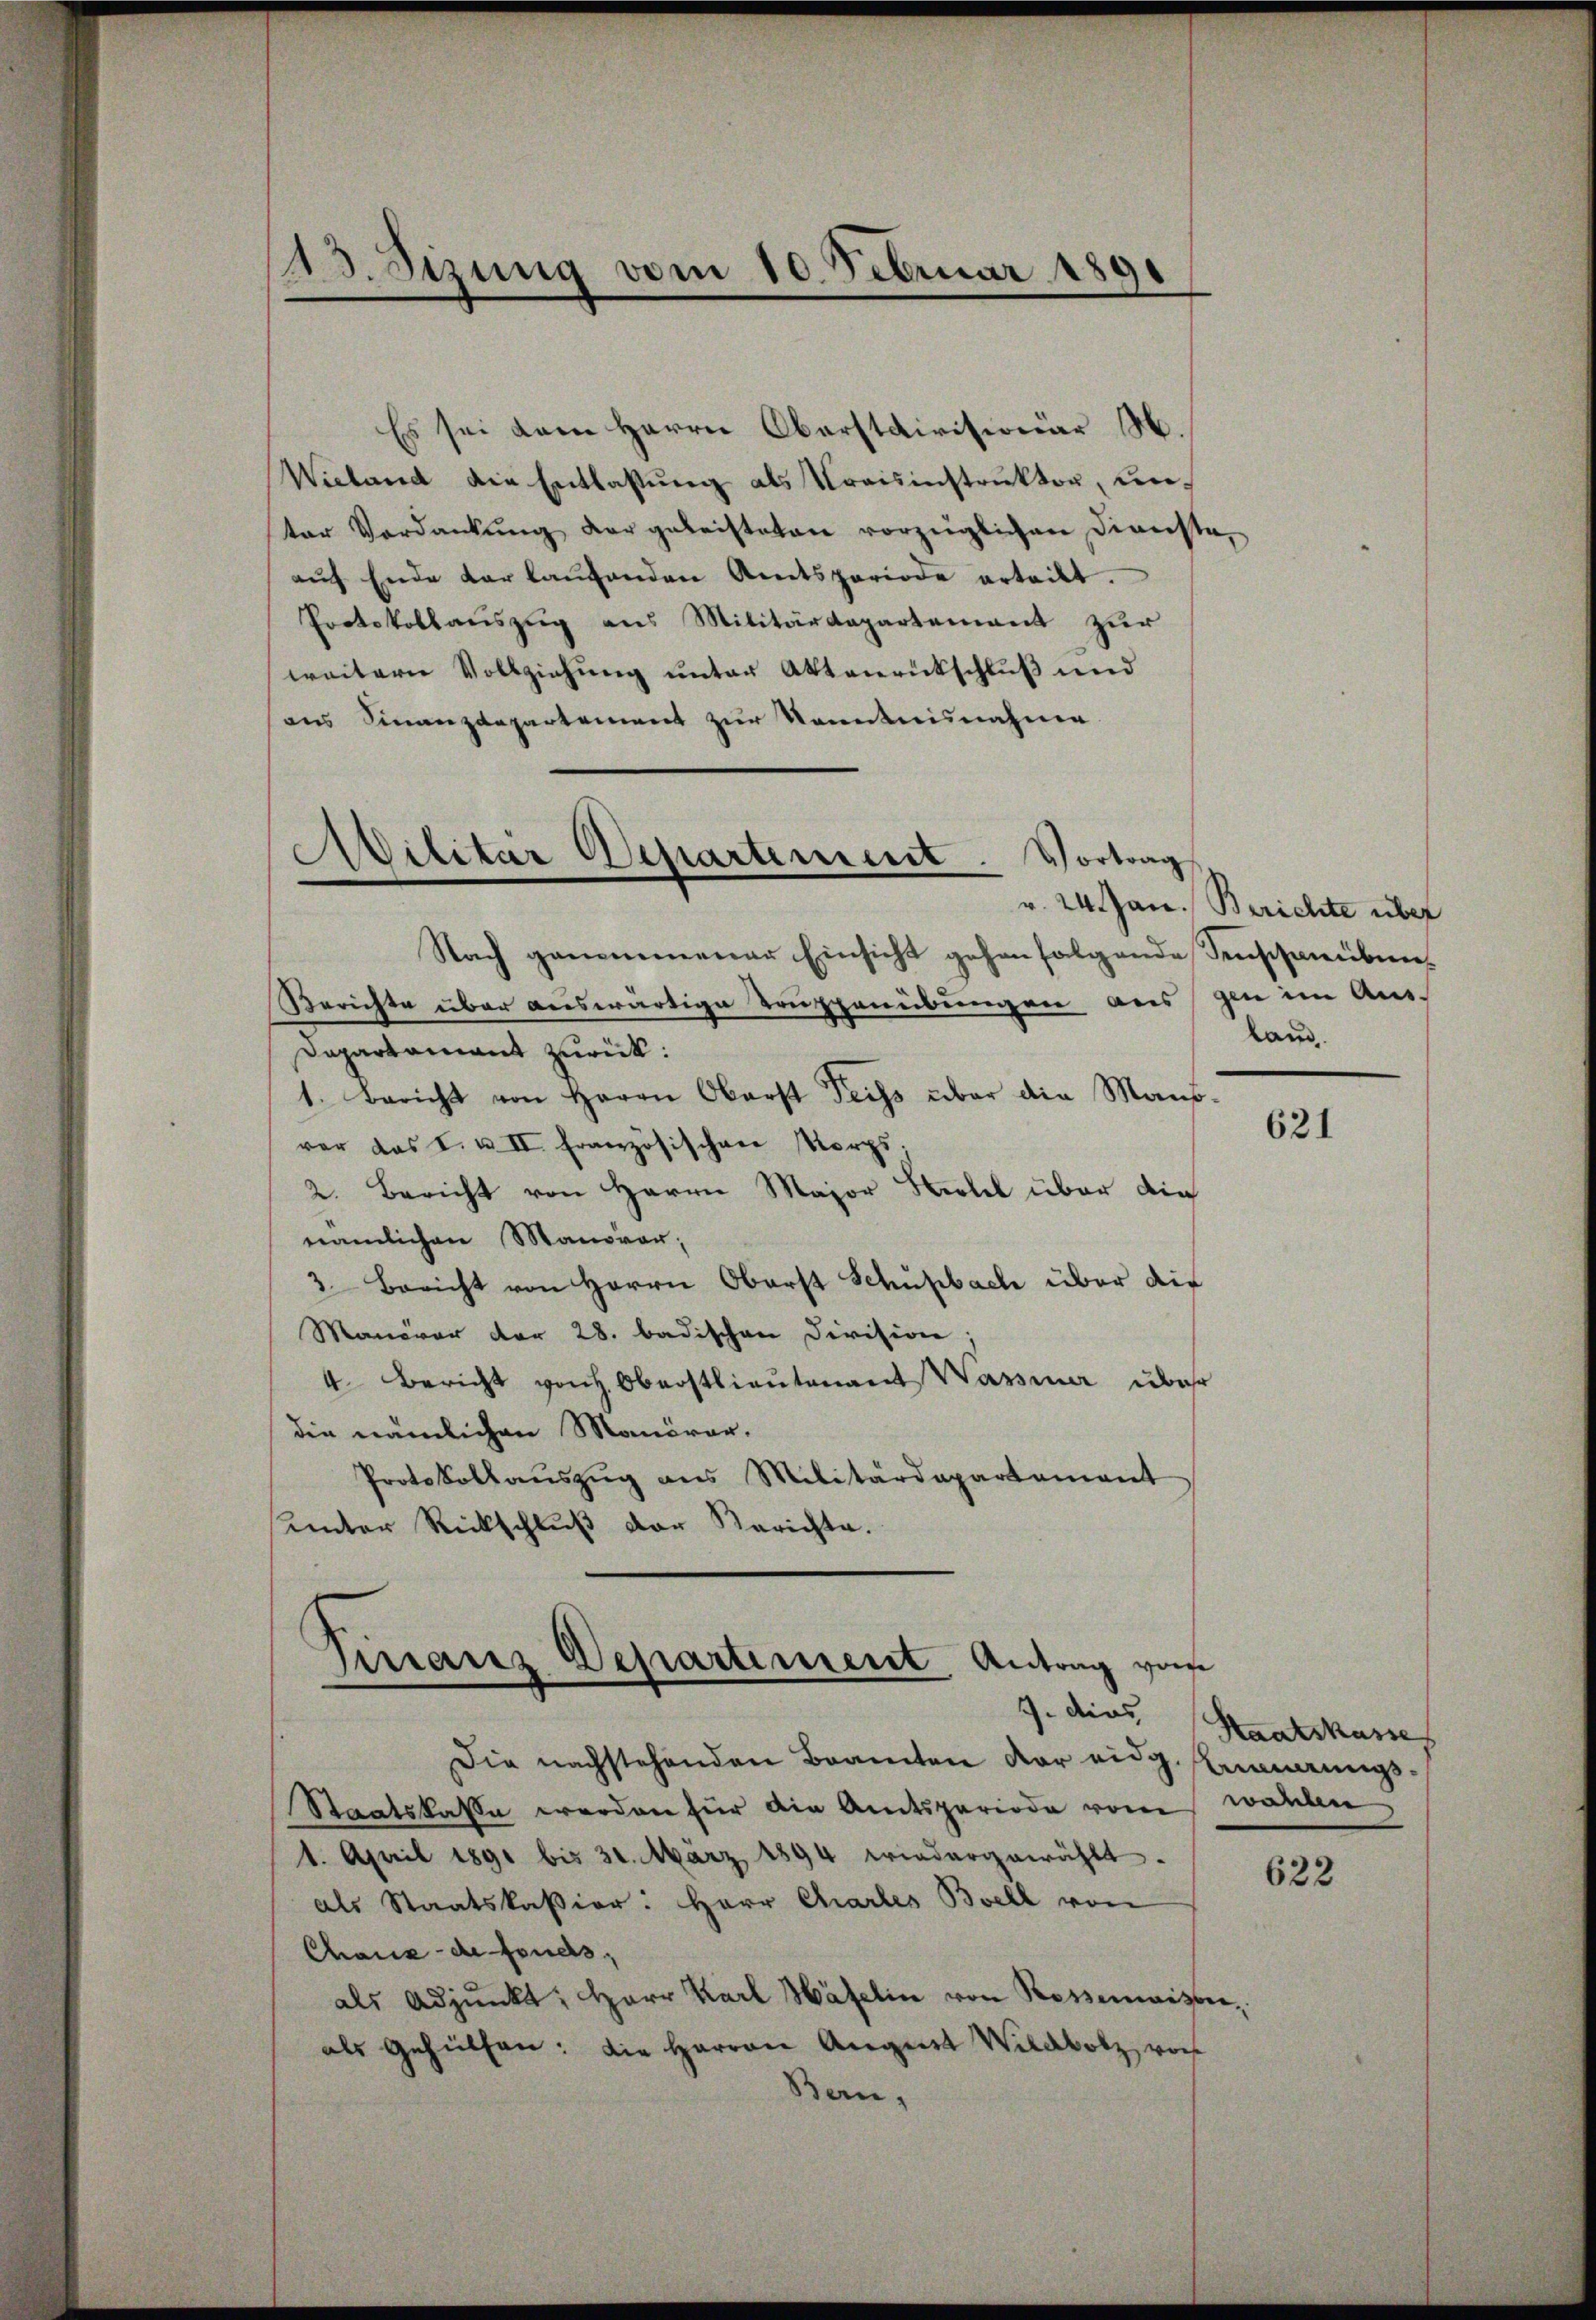
13. Sizung vom 10. Februar 1891

sei dem Herrn Oberstdivisionär M.
Wieland die Entlassŭng als Kreisinstruktor, unter Verdankŭng der geleisteten vorzüglichen Dienste,
aŭf Ende der laŭfenden Amtsperiode erteilt.
Protokollauszug aus Militärdepartement zur
weitern Vollziehung unter Aktenrückschluß und
aus Finanzdepartement zur Kenntnisnahme

Avilitar Departement. Vortrag

4. dies

Nach genommener Einsicht gehenfolgende Senschauben¬
Berichte über auswärtige Truppenübungen aus sie im Aus¬
Dapartament zurück:
1. Bericht von Herrn Oberst Teils über die Mans-
vor das I. u. II. Französischen Korps;
2. Bericht von Herrn Major Hotel über die
nämlichen Manover;
2. Bericht von Herrn Oberst Schupbach über die
Manöver der 28. badischen Division;
4. Bericht von H. Oberstlieutenant Wasser über
die nämlichen Manöver-
Protokollauszug aus Militärdepartement
unter Rückschluß der Berichte.
Tirranz Departement Antrag von

Die nachstehenden Beamten vor eidg. stimmungs¬
Staatskasse werden für die Amtsperiode vom wahlen,
1. April 1891 bis 30. März 1894 wiedergewählt.
als Staatskassier: Herr Chartes Bell von
Chaus de fonds,
als Adjunkt, Herr Karl Häfelin von Rossemaister,
als Gehülfen: die Herren August Wildbolz vor
Ben-

v. 24. Jan. Berichte über
kam.

621

Staatskasse

622